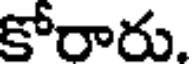
కోరారు.